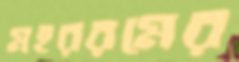
মহররমের